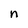
Character: n